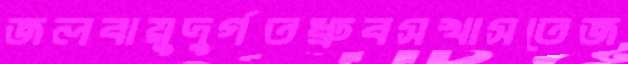
জলবায়ুদুর্গতধ্রুবসখাসতেজ